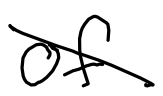
Text: of
Cross-out: diagonal
Writing tool: digital_black